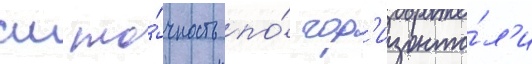
см то́чность по́ гор'изонта́л'и